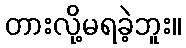
တားလို့မရခဲ့ဘူး။